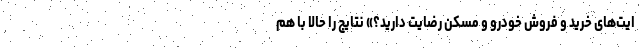
ایت‌های خرید و فروش خودرو و مسکن رضایت دارید؟» نتایج را حالا با هم